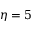
\eta = 5